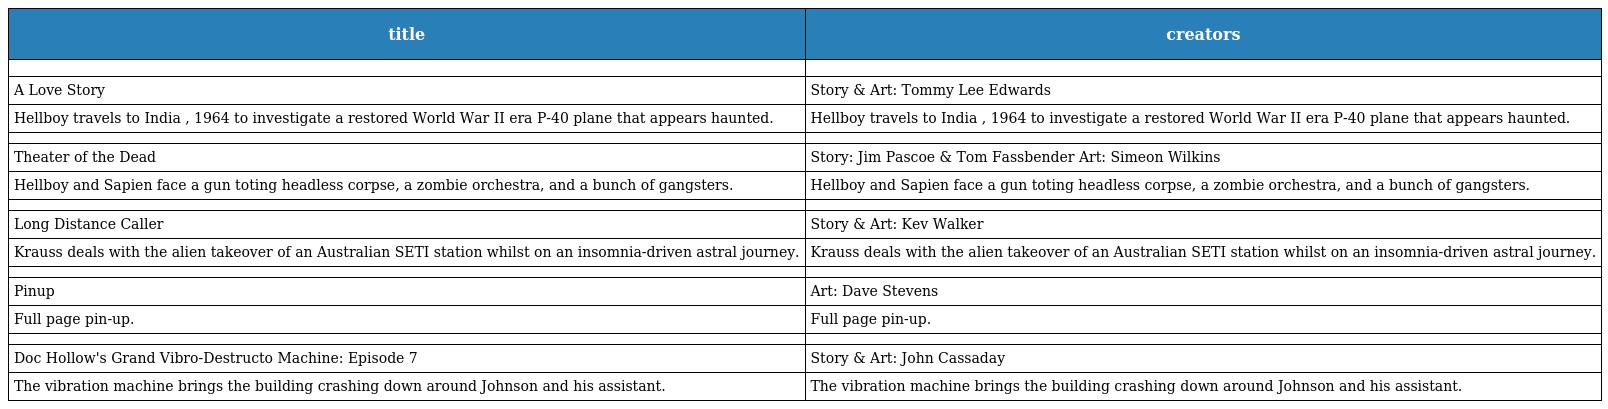
| title | creators |
 | --- | --- |
 |  |  |
 | A Love Story | Story & Art: Tommy Lee Edwards |
 | Hellboy travels to India , 1964 to investigate a restored World War II era P-40 plane that appears haunted. | Hellboy travels to India , 1964 to investigate a restored World War II era P-40 plane that appears haunted. |
 |  |  |
 | Theater of the Dead | Story: Jim Pascoe & Tom Fassbender Art: Simeon Wilkins |
 | Hellboy and Sapien face a gun toting headless corpse, a zombie orchestra, and a bunch of gangsters. | Hellboy and Sapien face a gun toting headless corpse, a zombie orchestra, and a bunch of gangsters. |
 |  |  |
 | Long Distance Caller | Story & Art: Kev Walker |
 | Krauss deals with the alien takeover of an Australian SETI station whilst on an insomnia-driven astral journey. | Krauss deals with the alien takeover of an Australian SETI station whilst on an insomnia-driven astral journey. |
 |  |  |
 | Pinup | Art: Dave Stevens |
 | Full page pin-up. | Full page pin-up. |
 |  |  |
 | Doc Hollow's Grand Vibro-Destructo Machine: Episode 7 | Story & Art: John Cassaday |
 | The vibration machine brings the building crashing down around Johnson and his assistant. | The vibration machine brings the building crashing down around Johnson and his assistant. |